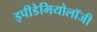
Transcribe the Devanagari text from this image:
इपीडेमियोलॉजी